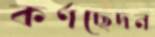
কর্ণছেদন